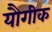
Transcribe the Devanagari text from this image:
यौगीक